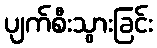
ပျက်စီးသွားခြင်း